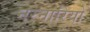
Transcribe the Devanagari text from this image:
नरनारियो